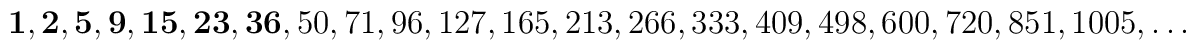
{\bf 1,2,5,9,15,23,36},50,71,96,127,165,213,266,333,409,498,600,720,851,1005,\ldots